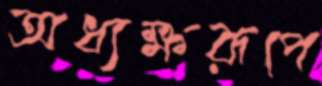
অধ্যক্ষরূপে